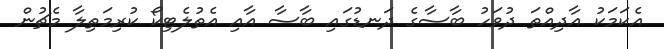
އެކަމަކު އާދިއްތަ ދުވަހު ބާސާގެ ދަނޑުގައި ބާސާ އާއި އެތުލެޓިކޯ ކުރިމަތިލާ މެޗުން